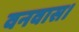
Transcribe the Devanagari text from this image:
वनवास।